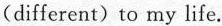
(different) to my life.